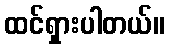
ထင်ရှားပါတယ်။